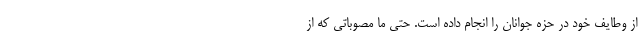
از وطایف خود در حزه جوانان را انجام داده است. حتی ما مصوباتی که از